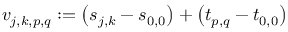
\boldsymbol { v } _ { j , k , p , q } : = \left( \boldsymbol { s } _ { j , k } - \boldsymbol { s } _ { 0 , 0 } \right) + \left( \boldsymbol { t } _ { p , q } - \boldsymbol { t } _ { 0 , 0 } \right)